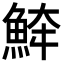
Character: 𩶮